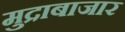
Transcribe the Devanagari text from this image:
मुद्राबाजार